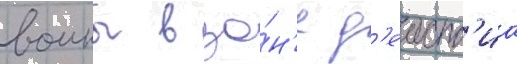
воины в зо́н'е д'еиств'иа